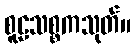
စူဠသစ္စကသုတ်။